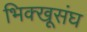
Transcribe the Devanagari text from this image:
भिक्खूसंघ